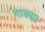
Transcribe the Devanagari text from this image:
गाक्सा